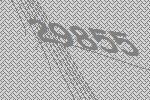
29855